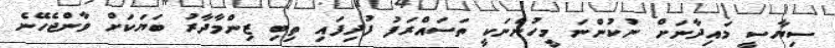
ސިޔާސީ މައިދާނަށް ނުކުންނަ މީހުންނަކީ ތަސައްރަފު ފުދިފައި ތިބި ޒިންމާދާރު ބަޔަކަށް ވާންޖެހޭނެ